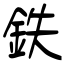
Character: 鉄